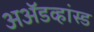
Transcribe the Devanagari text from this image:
अॲडव्हांस्ड